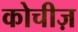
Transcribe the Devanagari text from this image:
कोचीज़